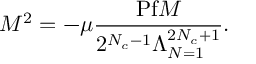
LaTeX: M ^ { 2 } = - \mu \frac { \mathrm { P f } M } { 2 ^ { N _ { c } - 1 } \Lambda _ { N = 1 } ^ { 2 N _ { c } + 1 } } .